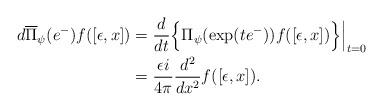
LaTeX: \begin{align*} d\overline{\Pi}_{\psi} (e^-)f([\epsilon, x])&=\frac{d}{dt}\Big\{ \Pi_{\psi}(\exp(te^-)) f([\epsilon, x])\Big\}\Big|_{t=0} \\&=\frac{\epsilon i}{4\pi }\frac{d^2}{dx^2}f([\epsilon, x]). \end{align*}